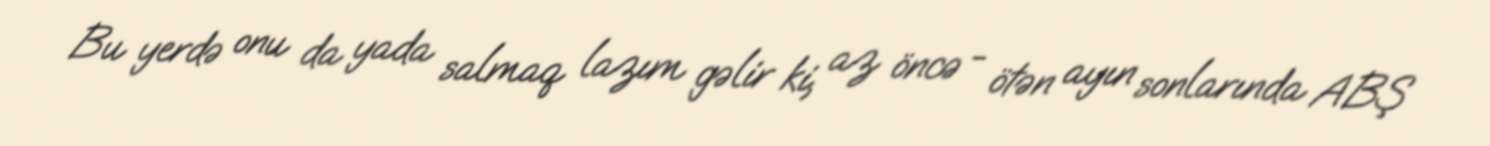
Bu yerdə onu da yada salmaq lazım gəlir ki, az öncə - ötən ayın sonlarında ABŞ